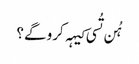
‏ ہُن تُسی کیہہ کرو گے؟